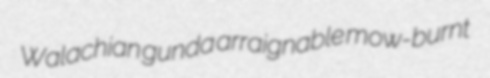
Walachian gunda arraignable mow-burnt